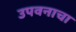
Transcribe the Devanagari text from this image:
उपवनाचा